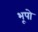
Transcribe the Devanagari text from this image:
भूपो